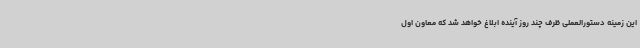
این زمینه دستورالعملی ظرف چند روز آینده ابلاغ خواهد شد که معاون اول